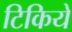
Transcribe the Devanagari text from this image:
टिकिये